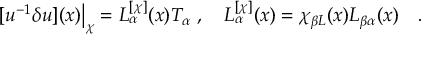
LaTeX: [ u ^ { - 1 } \delta u ] ( x ) \big | _ { \chi } = { \cal L } _ { \alpha } ^ { [ \chi ] } ( x ) T _ { \alpha } \; , \quad { \cal L } _ { \alpha } ^ { [ \chi ] } ( x ) = \chi _ { \beta L } ( x ) L _ { \beta \alpha } ( x ) \quad .